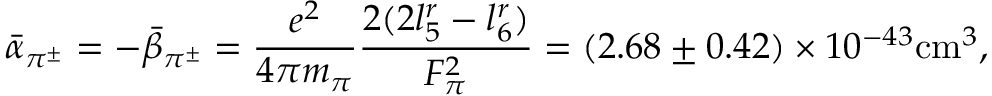
\bar { \alpha } _ { \pi ^ { \pm } } = - \bar { \beta } _ { \pi ^ { \pm } } = \frac { e ^ { 2 } } { 4 \pi { m _ { \pi } } } \frac { 2 ( 2 l _ { 5 } ^ { r } - l _ { 6 } ^ { r } ) } { F _ { \pi } ^ { 2 } } = ( 2 . 6 8 \pm { 0 . 4 2 } ) \times { 1 0 ^ { - 4 3 } } \mathrm { c m } ^ { 3 } ,